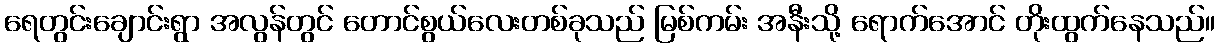
ရေတွင်းချောင်းရွာ အလွန်တွင် တောင်စွယ်လေးတစ်ခုသည် မြစ်ကမ်း အနီးသို့ ရောက်အောင် တိုးထွက်နေသည်။